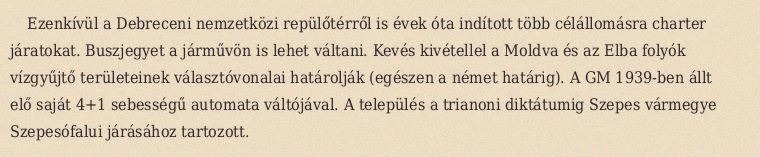
Ezenkívül a Debreceni nemzetközi repülőtérről is évek óta indított több célállomásra charter járatokat. Buszjegyet a járművön is lehet váltani. Kevés kivétellel a Moldva és az Elba folyók vízgyűjtő területeinek választóvonalai határolják (egészen a német határig). A GM 1939-ben állt elő saját 4+1 sebességű automata váltójával. A település a trianoni diktátumig Szepes vármegye Szepesófalui járásához tartozott.